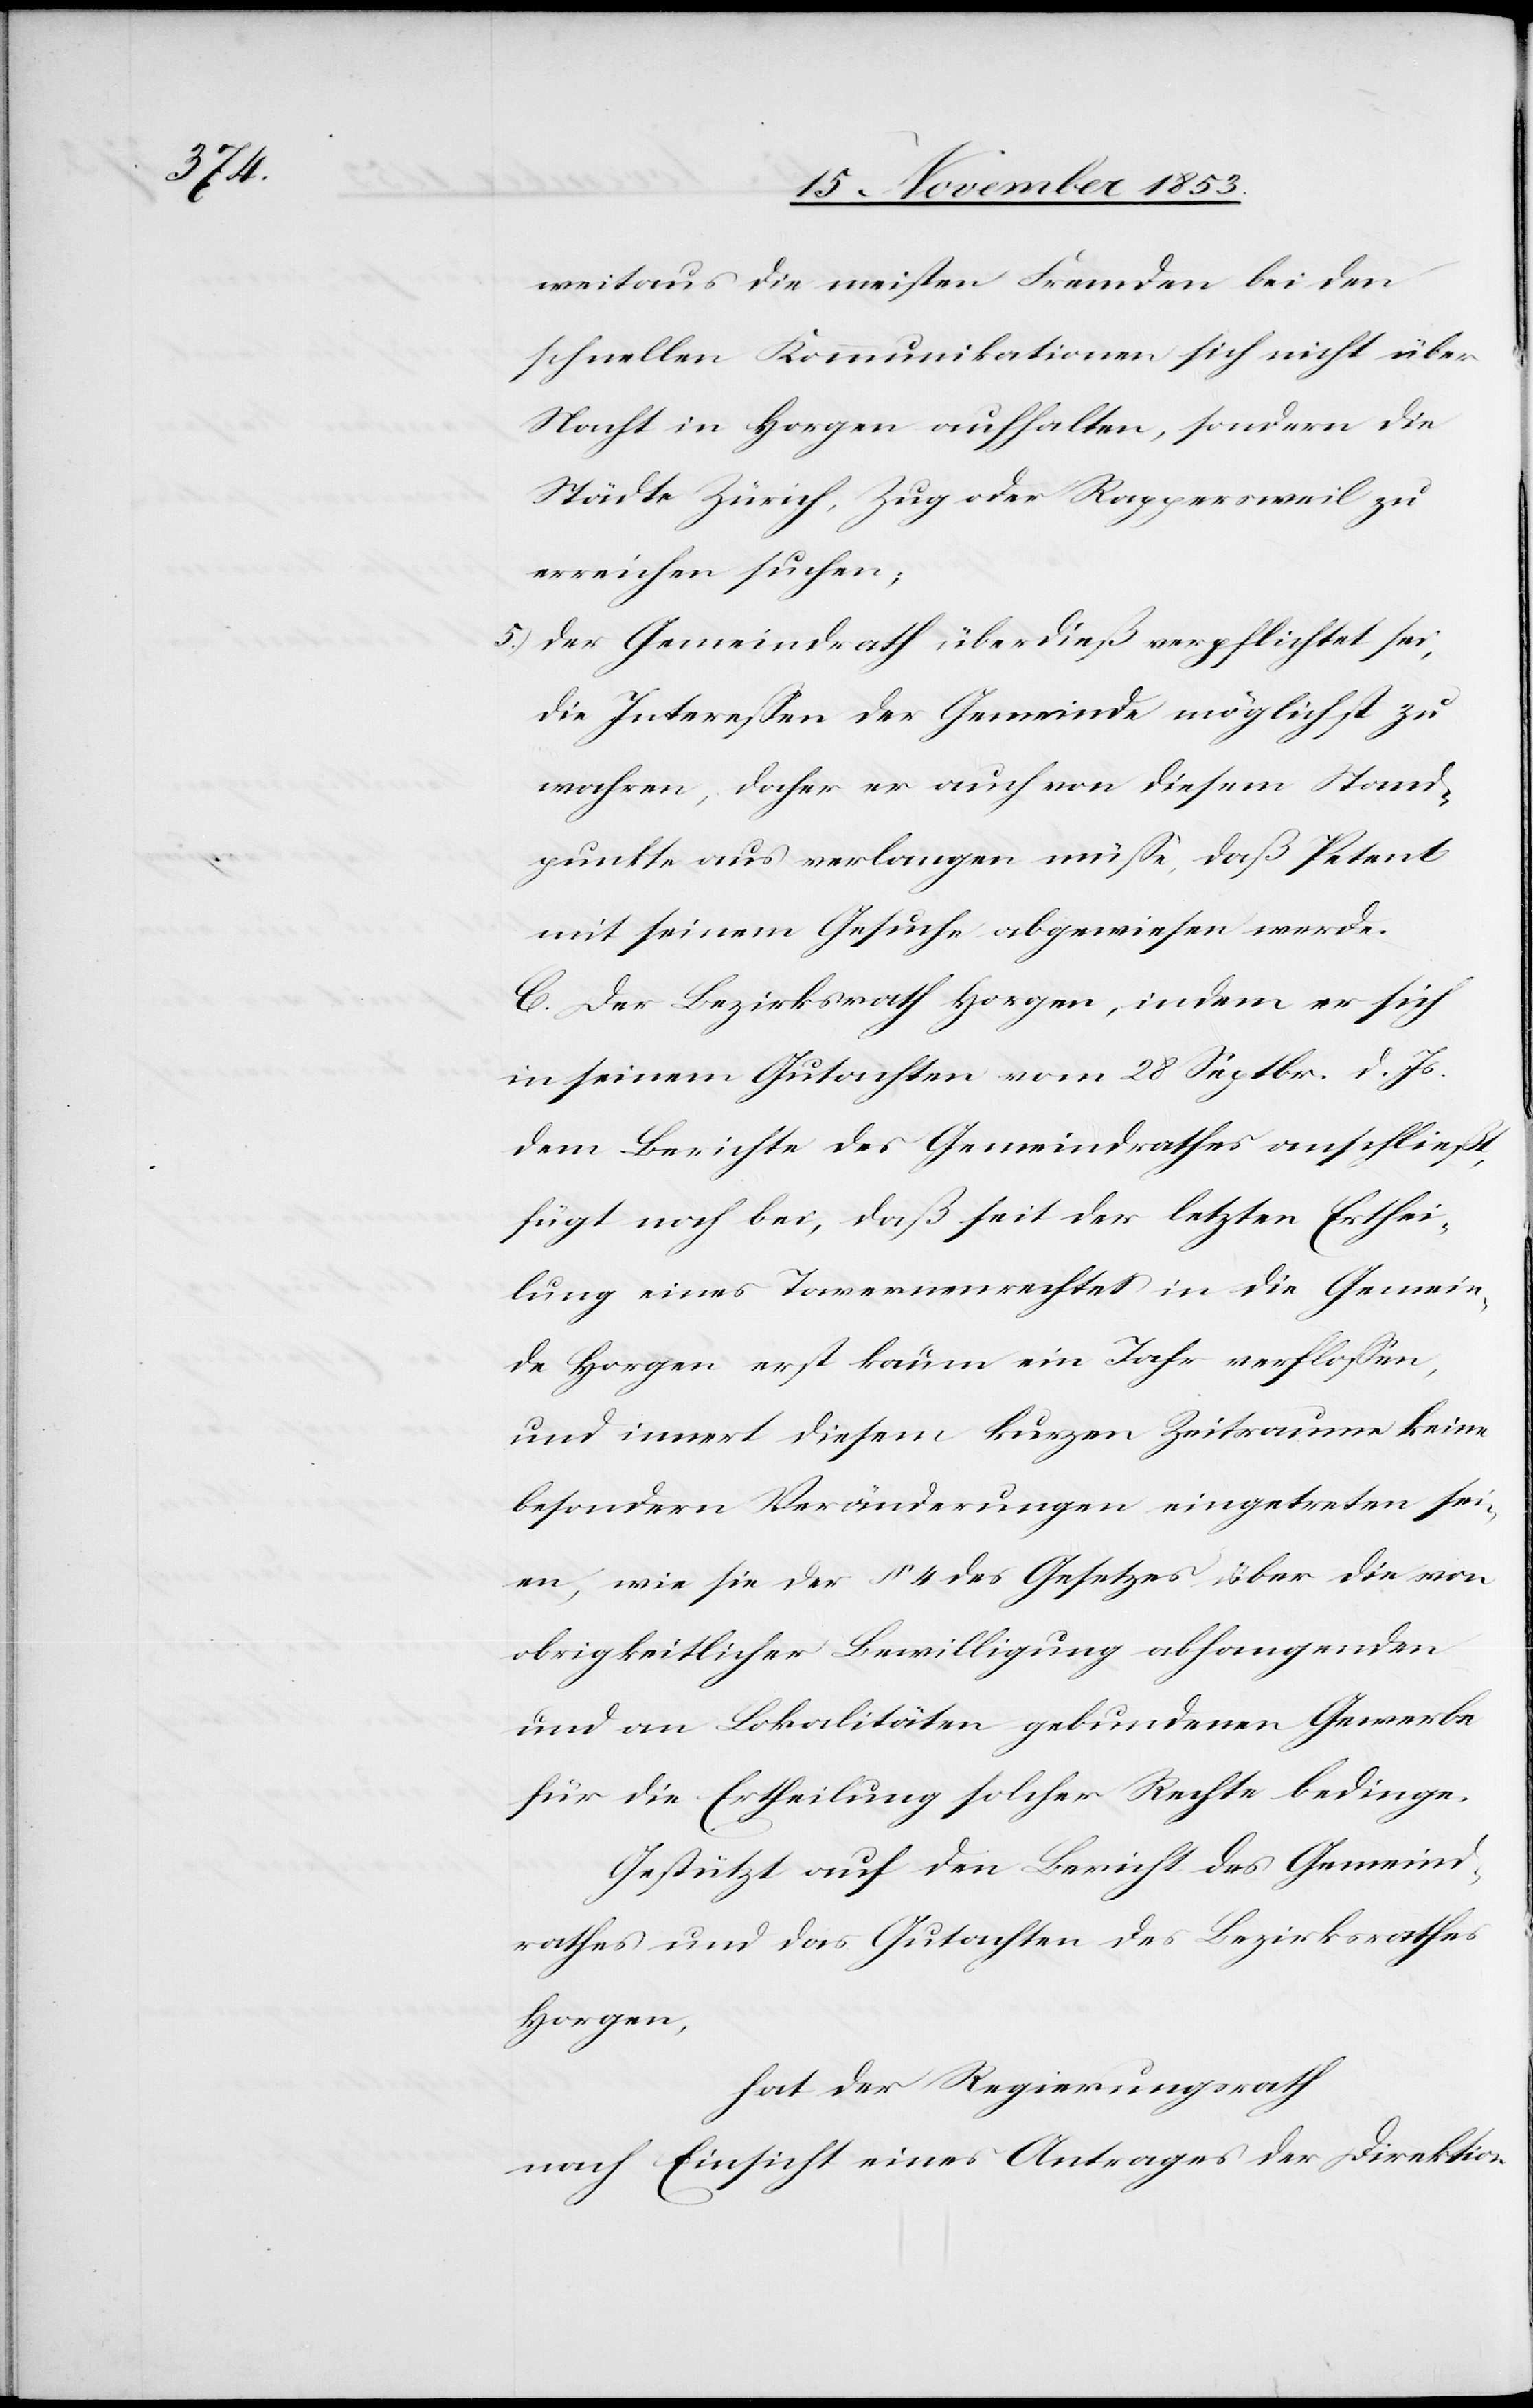
weitaus die meisten Fremden bei den
schnellen Kommunikationen sich nicht über
Nacht in Horgen aufhalten, sondern die
Städte Zürich, Zug oder Rappersweil zu
erreichen suchen;
5) der Gemeindrath überdieß verpflichtet sei,
die Intereßen der Gemeinde möglichst zu
wahren, daher er auch von diesem Stand¬
punkte aus verlangen müße, daß Petent
mit seinem Gesuche abgewiesen werde.
C. Der Bezirksrath Horgen, indem er sich
in seinem Gutachten vom 28 Sept. d. Js.
dem Berichte des Gemeindrathes anschließt,
fügt noch bei, daß seit der letzten Erthei¬
lung eines Tavernenrechtes in die Gemein¬
de Horgen erst kaum ein Jahr verfloßen,
und innert diesem kurzen Zeitraume keine
besondern Veränderungen eingetreten sei¬
en, wie sie der § 4 des Gesetzes über die von
obrigkeitlicher Bewilligung abhangenden
und an Lokalitäten gebundenden Gewerbe
für die Ertheilung solcher Rechte bedinge.
Gestützt auf den Bericht des Gemeind¬
rathes und das Gutachten des Bezirksrathes
Horgen,
hat der Regierungsrath,
nach Einsicht eines Antrages der Direktion